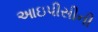
આઇપીસીની